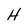
Character: H